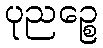
ပုညဉ္စေ